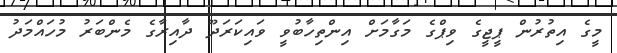
މީގެ އިތުރުން ޕީޖީގެ ވިޕްގެ މަގާމަށް އިންތިހާބުވީ ވައިކަރަދޫ ދާއިރާގެ މެންބަރު މުހައްމަދު